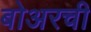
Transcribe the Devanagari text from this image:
बोअरची